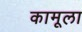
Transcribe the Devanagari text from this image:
कामूला